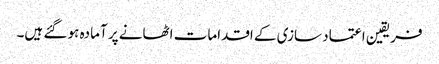
فریقین اعتماد سازی کے اقدامات اٹھانے پر آمادہ ہو گئے ہیں۔